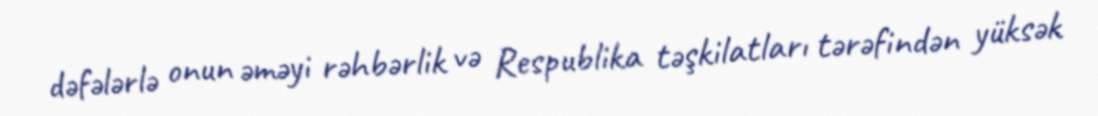
dəfələrlə onun əməyi rəhbərlik və Respublika təşkilatları tərəfindən yüksək